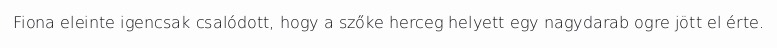
Fiona eleinte igencsak csalódott, hogy a szőke herceg helyett egy nagydarab ogre jött el érte.